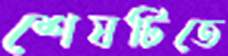
শেষটিতে